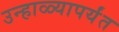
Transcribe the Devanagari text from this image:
उन्हाळ्यापर्यंत